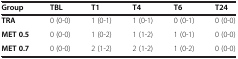
| Group | TBL | T1 | T4 | T6 | T24 |
 | --- | --- | --- | --- | --- | --- |
 | TRA | 0 (0-0) | 1 (0-1) | 1 (0-1) | 0 (0-1) | 0 (0-0) |
 | MET 0.5 | 0 (0-0) | 1 (0-2) | 1 (1-2) | 1 (0-1) | 0 (0-0) |
 | MET 0.7 | 0 (0-0) | 2 (1-2) | 2 (1-2) | 1 (0-2) | 0 (0-0) |